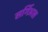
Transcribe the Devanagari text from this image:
सर्गिअस